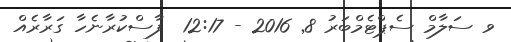
ވ ސަލާމް ސެޕްޓެމްބަރު 8